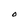
Character: O